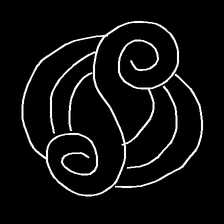
Glyph: wind-underfoot